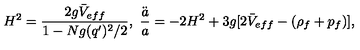
H ^ { 2 } = { \frac { 2 g \bar { V } _ { e f f } } { 1 - N g ( q ^ { \prime } ) ^ { 2 } / 2 } } , \ { \frac { \ddot { a } } { a } } = - 2 H ^ { 2 } + 3 g [ 2 \bar { V } _ { e f f } - ( \rho _ { f } + p _ { f } ) ] ,